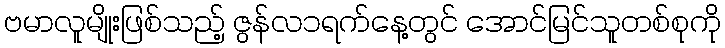
ဗမာလူမျိုးဖြစ်သည့် ဇွန်လ၁ရက်နေ့တွင် အောင်မြင်သူတစ်စုကို